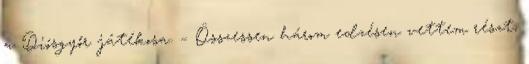
a Diósgyőr játékosa. – Összessen három edzésen vettem részt,